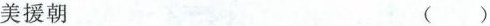
美援朝 ()